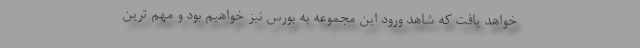
خواهد يافت كه شاهد ورود اين مجموعه به بورس نيز خواهيم بود و مهم ترين